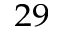
^ { 2 9 }